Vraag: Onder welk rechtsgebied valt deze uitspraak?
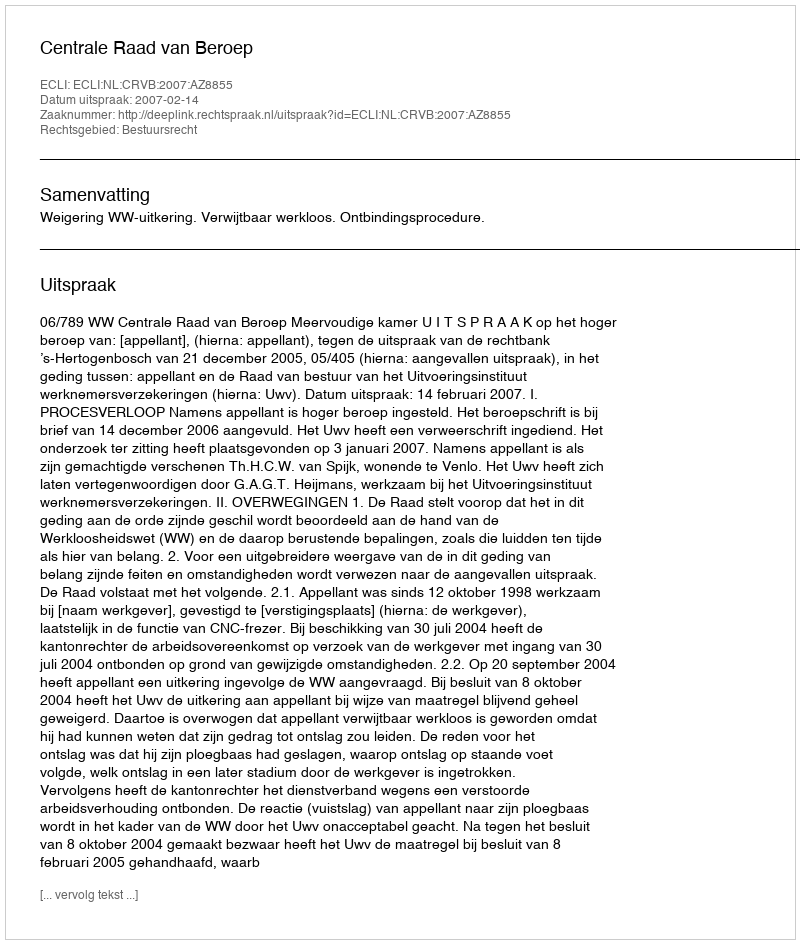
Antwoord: Bestuursrecht